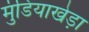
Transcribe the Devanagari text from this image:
मुंडियाखेड़ा